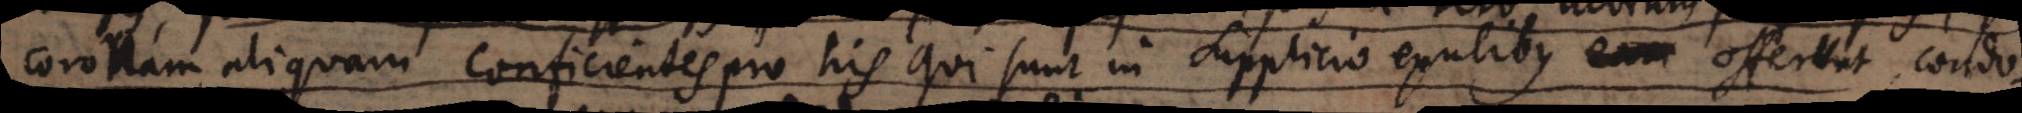
coronam aliquam conficientes pro his qui sunt in supplicio exulibus offerunt, condo